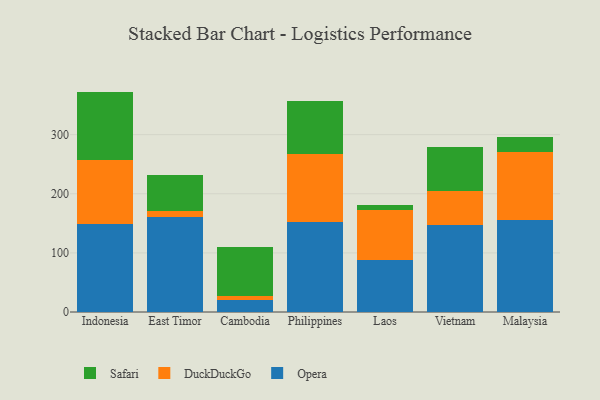
{"axis": {"x": "Country", "y": "Humidity (%)"}, "legend": ["DuckDuckGo", "Opera", "Safari"], "data": [{"x": "Indonesia", "y": 149.4, "type": "Opera"}, {"x": "Indonesia", "y": 108.3, "type": "DuckDuckGo"}, {"x": "Indonesia", "y": 115.1, "type": "Safari"}, {"x": "East Timor", "y": 160.5, "type": "Opera"}, {"x": "East Timor", "y": 10.7, "type": "DuckDuckGo"}, {"x": "East Timor", "y": 60.8, "type": "Safari"}, {"x": "Cambodia", "y": 20.8, "type": "Opera"}, {"x": "Cambodia", "y": 5.7, "type": "DuckDuckGo"}, {"x": "Cambodia", "y": 83.3, "type": "Safari"}, {"x": "Philippines", "y": 151.9, "type": "Opera"}, {"x": "Philippines", "y": 115.2, "type": "DuckDuckGo"}, {"x": "Philippines", "y": 90.2, "type": "Safari"}, {"x": "Laos", "y": 87.5, "type": "Opera"}, {"x": "Laos", "y": 84.5, "type": "DuckDuckGo"}, {"x": "Laos", "y": 9.7, "type": "Safari"}, {"x": "Vietnam", "y": 146.8, "type": "Opera"}, {"x": "Vietnam", "y": 57.8, "type": "DuckDuckGo"}, {"x": "Vietnam", "y": 74.3, "type": "Safari"}, {"x": "Malaysia", "y": 155.4, "type": "Opera"}, {"x": "Malaysia", "y": 114.8, "type": "DuckDuckGo"}, {"x": "Malaysia", "y": 25.6, "type": "Safari"}]}